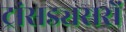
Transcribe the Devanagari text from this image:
ट्रांसड्यसरों